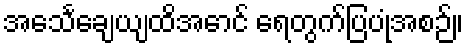
အသေင်္ချေယျထိအောင် ရေတွက်ပြပုံအစဉ်။